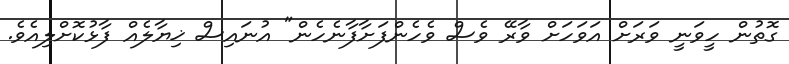
ގޮތުން ހީވަނީ ވަރަށް އަވަހަށް ވާރޭ ވެސް ވެހެންފަށާފާނެހެން" އުނައިސް ޚިޔާލެއް ފާޅުކޮށްލިއެވެ.